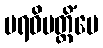
ပရဝိပတ္တိံပေ